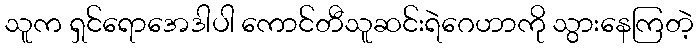
သူက ရှင်ရောအေဒါပါ ကောင်တီသူဆင်းရဲဂေဟာကို သွားနေကြတဲ့